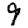
Digit: 9